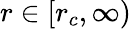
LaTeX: r\in\lbrack r_{c},\infty)